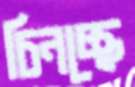
চিনচ্ছে